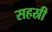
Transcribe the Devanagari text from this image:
सहस्री